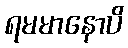
ရမမာနောပိ